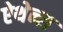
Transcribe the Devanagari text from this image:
ऐथेन्स